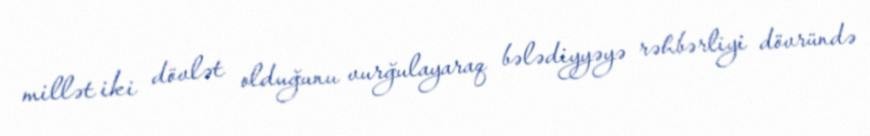
millət iki dövlət olduğunu vurğulayaraq bələdiyyəyə rəhbərliyi dövründə